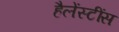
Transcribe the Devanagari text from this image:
हैलेंस्टींस